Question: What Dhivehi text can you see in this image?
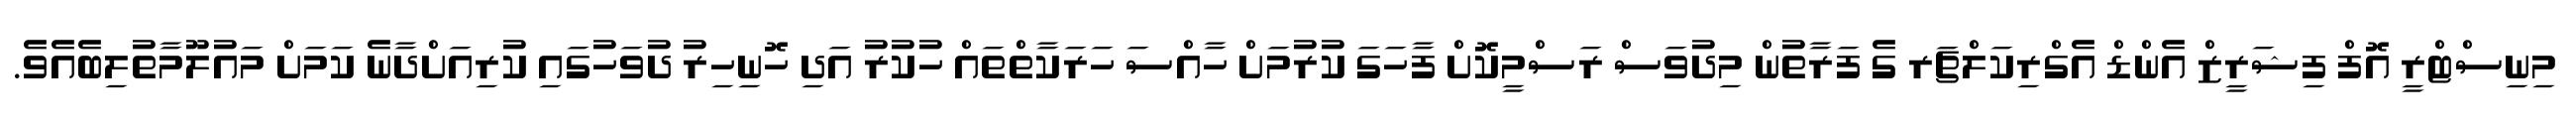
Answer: މިނިސްޓްރީ އޮފް ފިޝަރީޒް އެންޑް އެގްރިކަލްޗަރ ގެ ފަރާތުން މިދުވަސް ރަސްމީކޮށް ފާހަގަ ކުރުމަށް ހާއްސަ ހަރަކާތްތައް ހުކުރު އަދި ހޮނިހިރު ދުވަހުގައި ކުރިއަށްދާނެ ކަމަށް މައުލޫމާތުލިބެއެވެ.